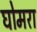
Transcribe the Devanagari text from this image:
घोमरा